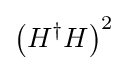
\left(H^{\dagger }H\right)^{2}